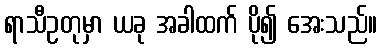
ရာသီဥတုမှာ ယခု အခါထက် ပို၍ အေးသည်။